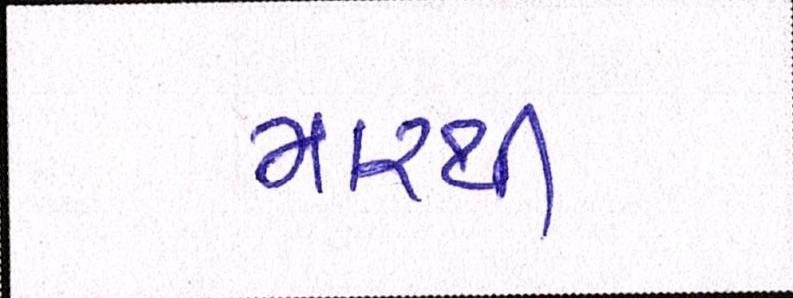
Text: મારથી